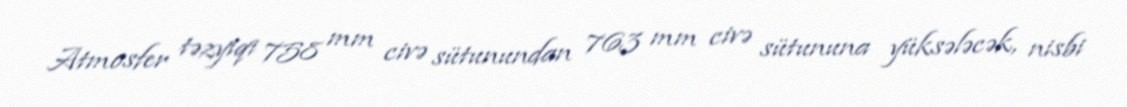
Atmosfer təzyiqi 758 mm civə sütunundan 763 mm civə sütununa yüksələcək, nisbi